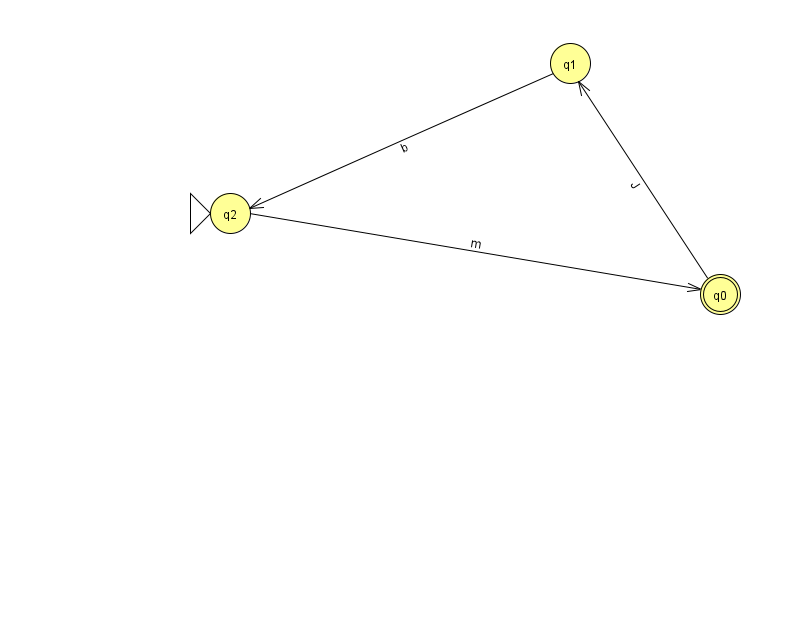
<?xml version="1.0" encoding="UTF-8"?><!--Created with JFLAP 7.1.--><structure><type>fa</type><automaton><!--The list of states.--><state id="0" name="q0"><x>720.0</x><y>281.0</y><final/></state><state id="1" name="q1"><x>570.0</x><y>50.0</y></state><state id="2" name="q2"><x>230.0</x><y>200.0</y><initial/></state><!--The list of transitions.--><transition><from>0</from><to>1</to><read>J</read></transition><transition><from>2</from><to>0</to><read>m</read></transition><transition><from>1</from><to>2</to><read>b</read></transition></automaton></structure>